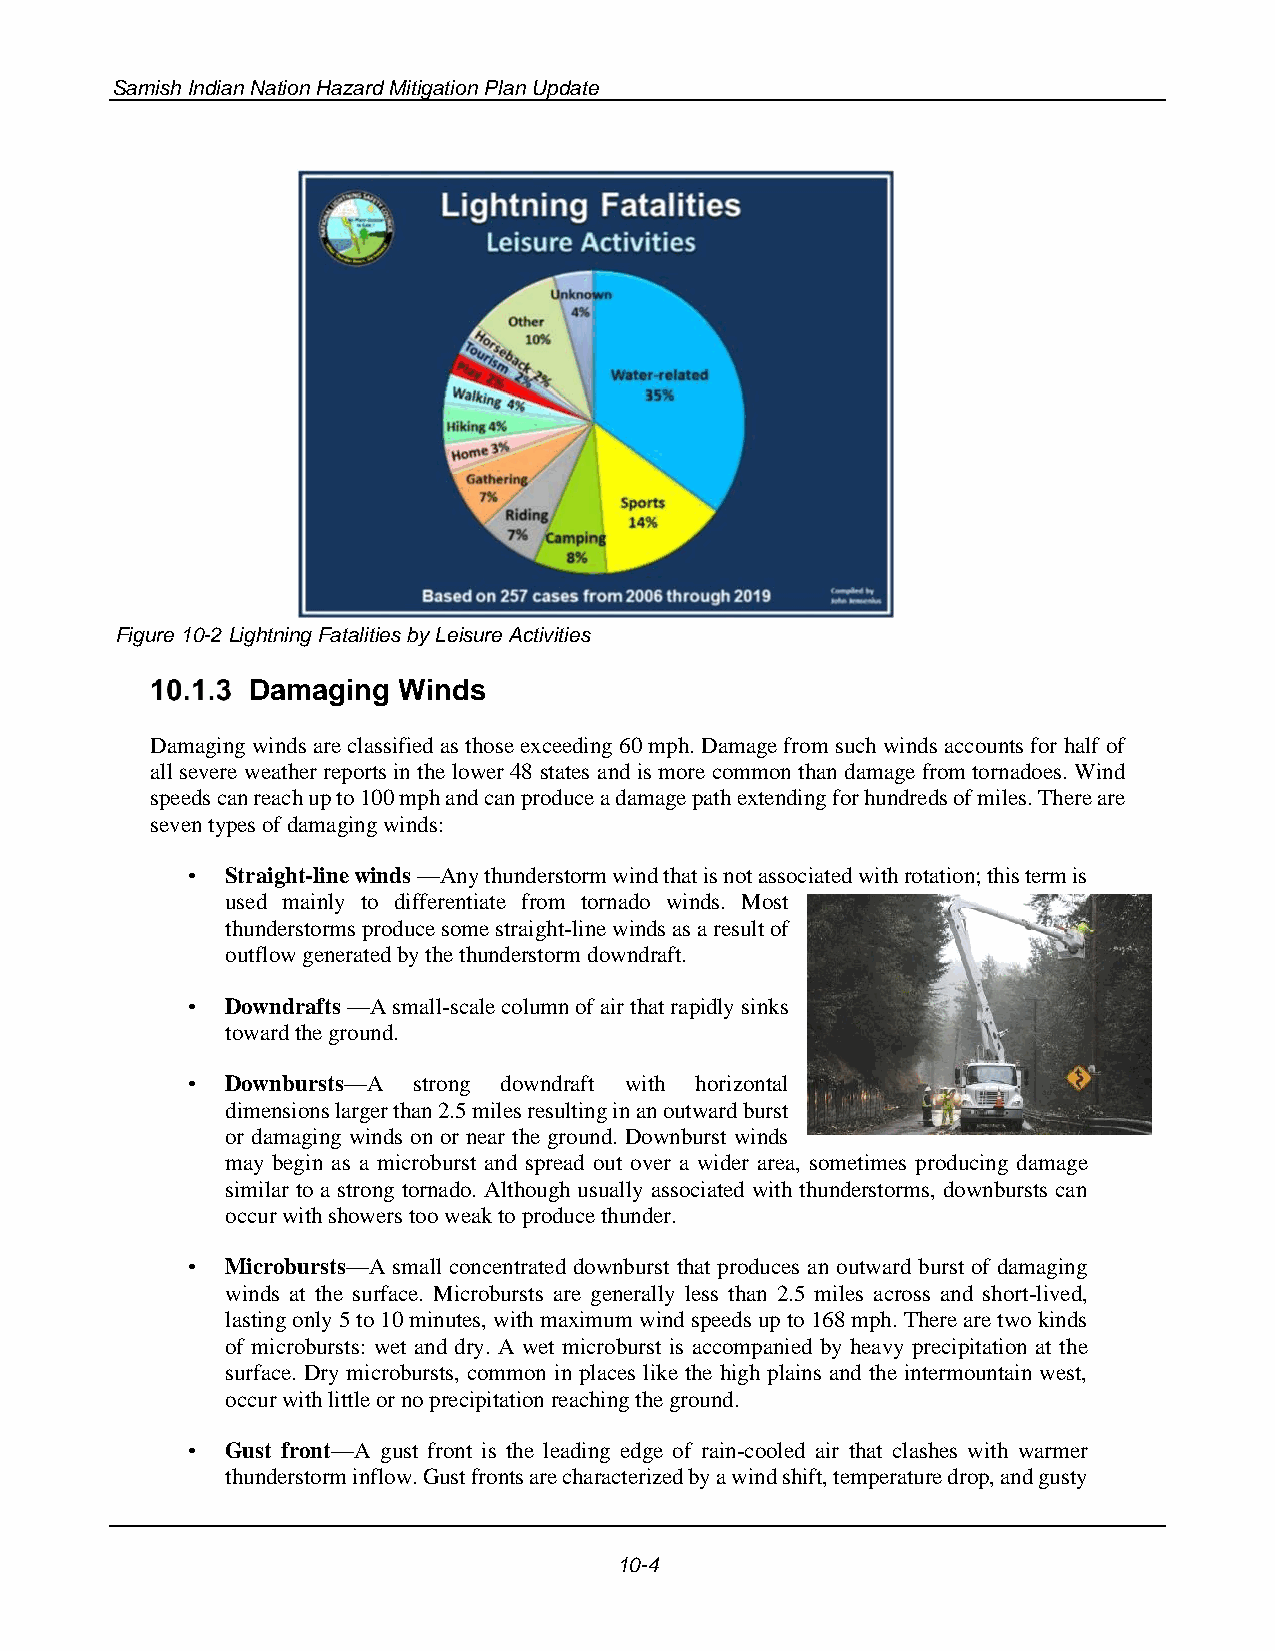
Samish Indian Nation Hazard Mitigation Plan Update
 Figure 10-2 Lightning Fatalities by Leisure Activities
 Damaging Winds
 Damaging winds are classified as those exceeding 60 mph. Damage from such winds accounts for half of
 all severe weather reports in the lower 48 states and is more common than damage from tornadoes. Wind
 speeds can reach up to 100 mph and can produce a damage path extending for hundreds of miles. There are
 seven types of damaging winds:
 •  Straight-line winds —Any thunderstorm wind that is not associated with rotation; this term is
 used mainly to differentiate from tornado winds. Most
 thunderstorms produce some straight-line winds as a result of
 outflow generated by the thunderstorm downdraft.
 •  Downdrafts —A small-scale column of air that rapidly sinks
 toward the ground.
 •  Downbursts—A strong downdraft with horizontal
 dimensions larger than 2.5 miles resulting in an outward burst
 or damaging winds on or near the ground. Downburst winds
 may begin as a microburst and spread out over a wider area, sometimes producing damage
 similar to a strong tornado. Although usually associated with thunderstorms, downbursts can
 occur with showers too weak to produce thunder.
 •  Microbursts—A small concentrated downburst that produces an outward burst of damaging
 winds at the surface. Microbursts are generally less than 2.5 miles across and short-lived,
 lasting only 5 to 10 minutes, with maximum wind speeds up to 168 mph. There are two kinds
 of microbursts: wet and dry. A wet microburst is accompanied by heavy precipitation at the
 surface. Dry microbursts, common in places like the high plains and the intermountain west,
 occur with little or no precipitation reaching the ground.
 •  Gust front—A gust front is the leading edge of rain-cooled air that clashes with warmer
 thunderstorm inflow. Gust fronts are characterized by a wind shift, temperature drop, and gusty
 10-4